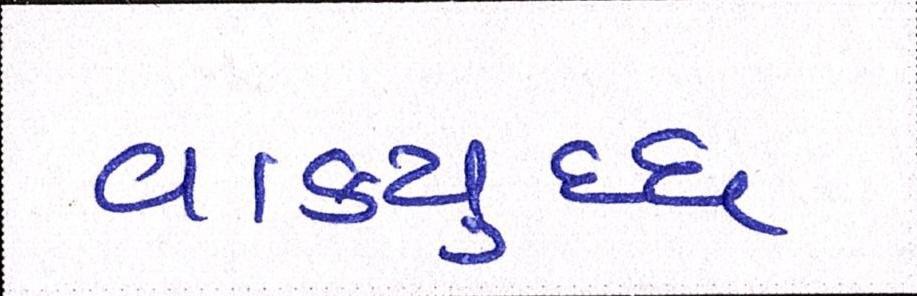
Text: વાકયુદ્ધ